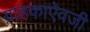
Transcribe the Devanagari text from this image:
ग्राहकाऐवजी